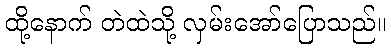
ထို့နောက် တဲထဲသို့ လှမ်းအော်ပြောသည်။